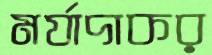
মর্যাদাকর